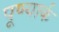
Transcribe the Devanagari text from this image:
पूण्यार्क